Leningradi_Edasi_toimetus, lk 192
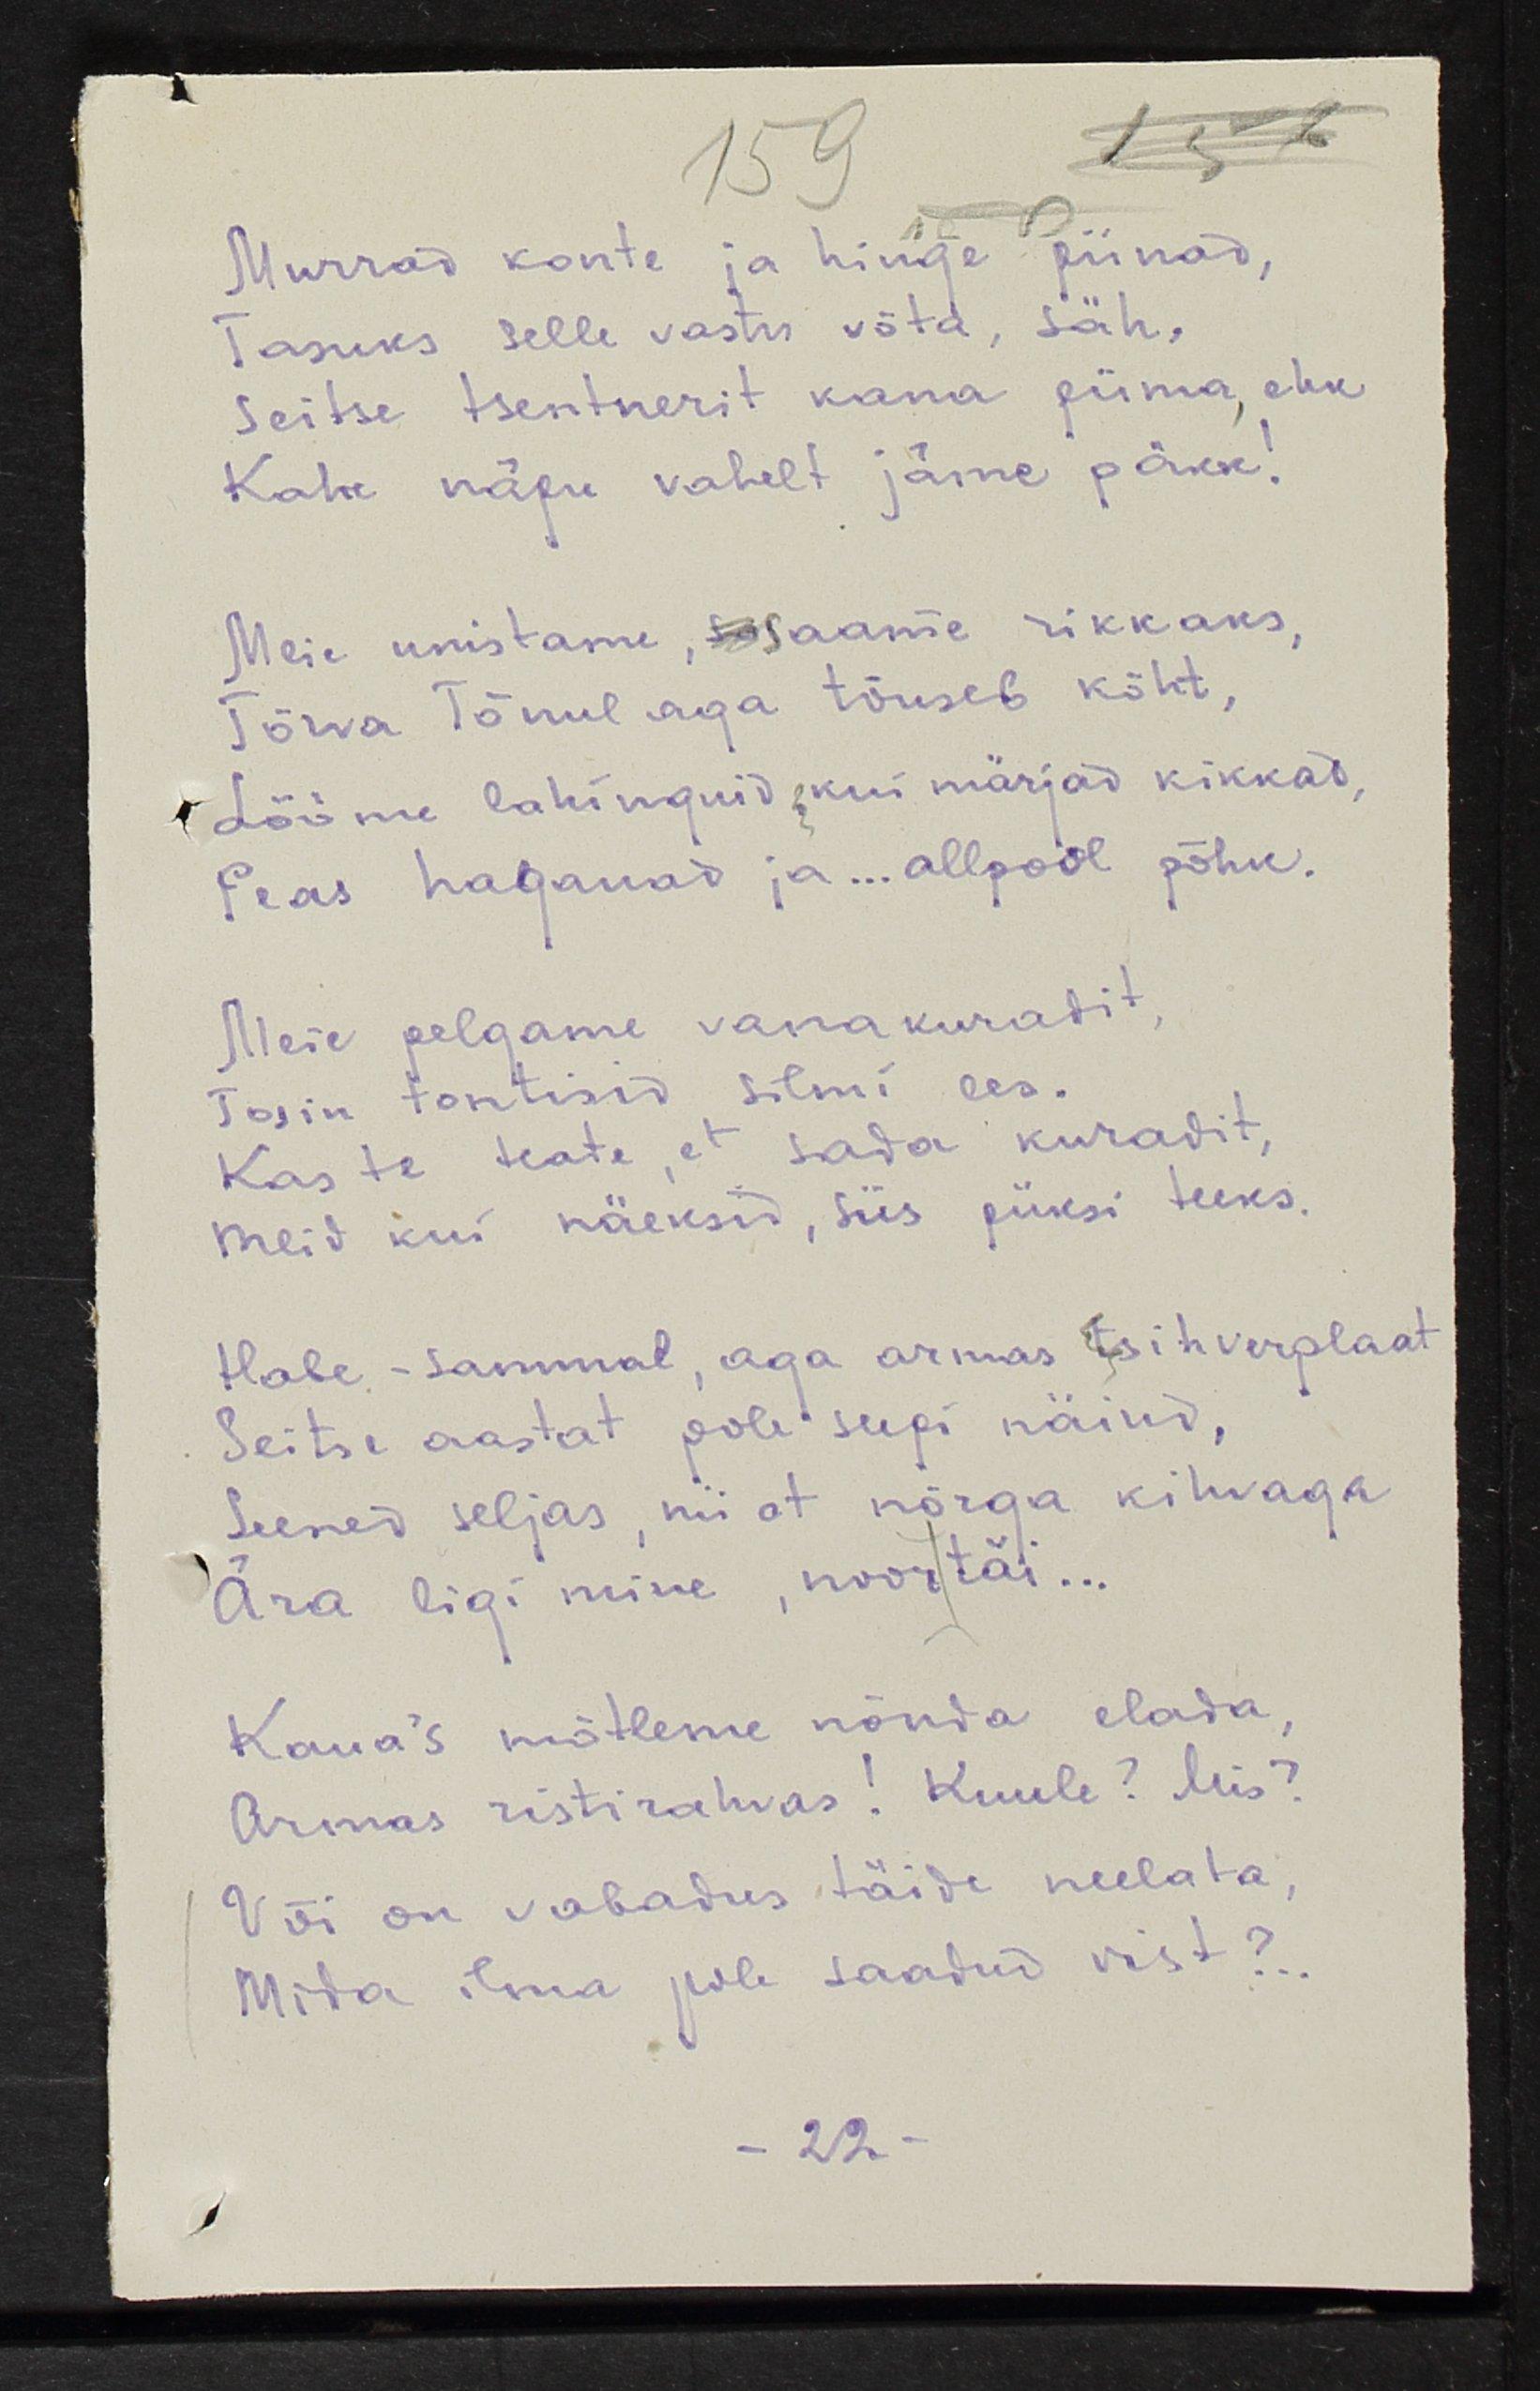
Murrad konte ja hinge piinad,
Tasuks selle vastu võta, säh,
Seitse tsentnerit kama kiima, ehk
Kahe nägu vahelt jäme päkk!
Meie unistame, sosaame rikkaks,
Tõrva Tõnul aga tõuseb kõht,
Lööme lahinguid, kui märjad kikkad,
Peas haganad ja... allpool põhk.
Meie pelgame vanakuradit,
Tosin tantsisid silmi ees.
Kas te teate, et sada kuradit,
meid kui näeksid, siis püksi teeks.
Hale - sammal, aga armas tsihverplaat
Seitse aastat pole supi näinud,
Seened seljas, nii et nõrga kihvaga
Ära ligi mine, noortäi...
Kaua's mõtleme nõnda elada,
Armas ristirahvas! Kuule? Mis?
Või on vabadus täide neelata,
Mida ilma pole saadud vist?..